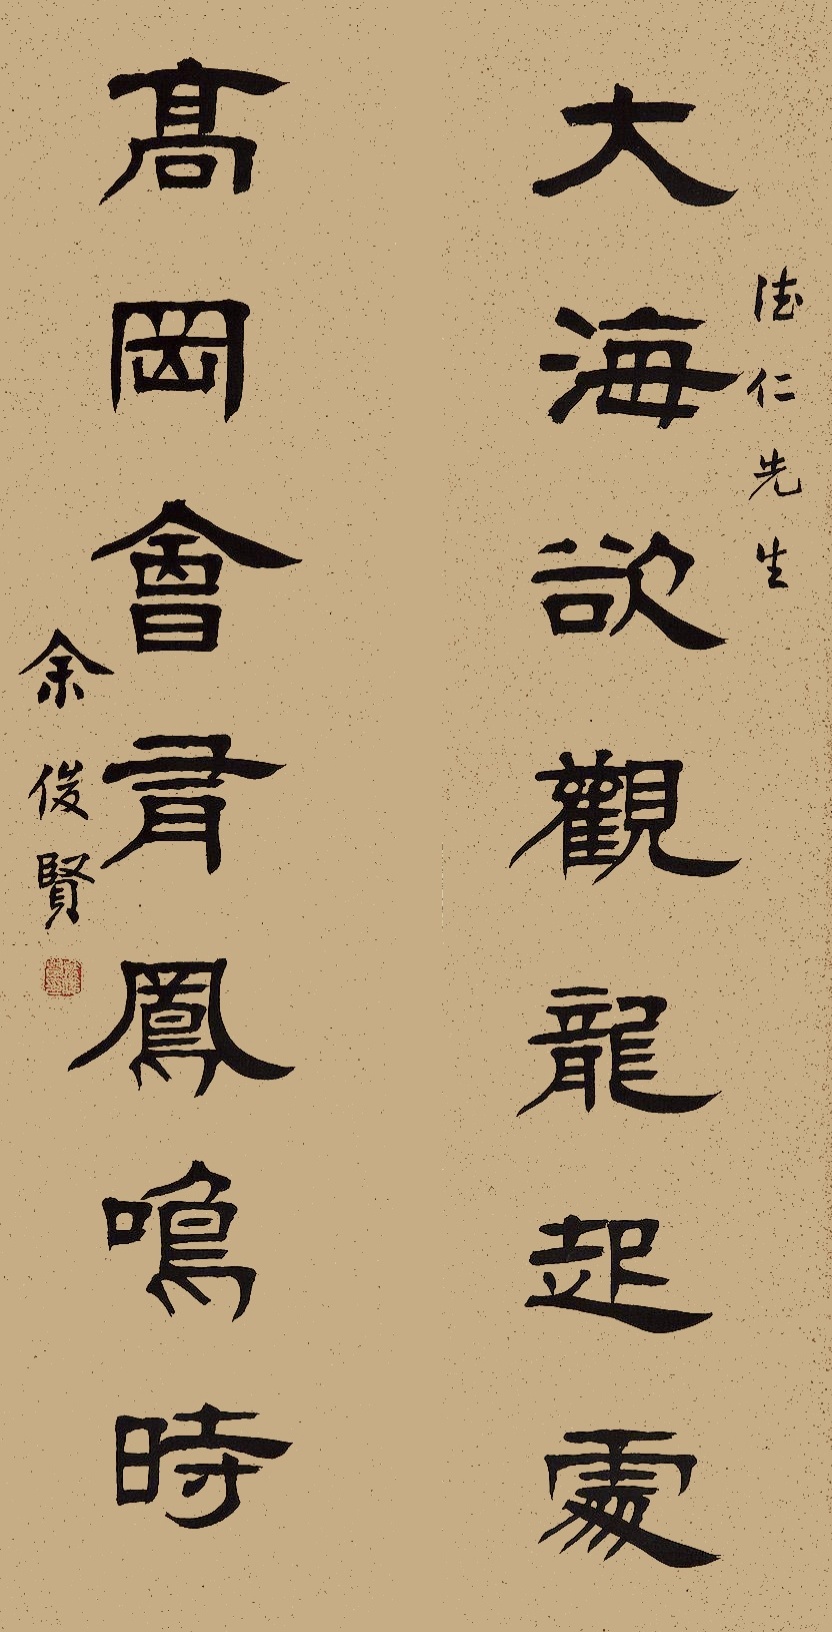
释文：大海欲观龙起处，高冈会有凤鸣时。德仁先生，余俊贤。